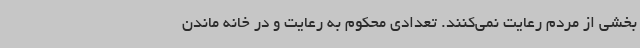
بخشی از مردم رعایت نمی‌کنند. تعدادی محکوم به رعایت و در خانه ماندن